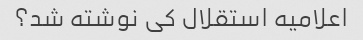
اعلامیه استقلال کی نوشته شد؟